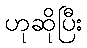
ဟုဆိုပြီး